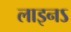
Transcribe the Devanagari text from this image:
लाइनऽ